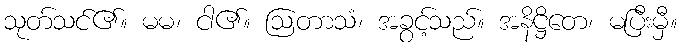
သုတ်သင်၏။ မမ၊ ငါ၏။ ဩတာသံ၊ အခွင့်သည်။ အနိဋ္ဌိတေ၊ မပြီးမှီ။